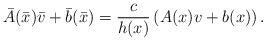
LaTeX: \begin{align*}\bar{A}(\bar{x})\bar{v}+\bar{b}(\bar{x})=\frac{c}{h(x)}\left(A(x)v+b(x)\right).\end{align*}